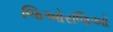
જિઓરજિઓ